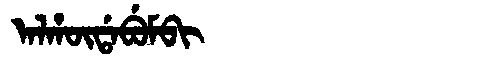
Manchu: ᠠᠯᡥᡡᡩᠠᠪᡠᠮᠪᡳ
Romanization: ALHŪDABUMBI